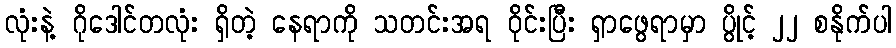
လုံးနဲ့ ဂိုဒေါင်တလုံး ရှိတဲ့ နေရာကို သတင်းအရ ဝိုင်းပြီး ရှာဖွေရာမှာ ပွိုင့် ၂၂ စနိုက်ပါ